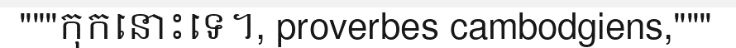
"""កុកនោះទេ។, proverbes cambodgiens,"""